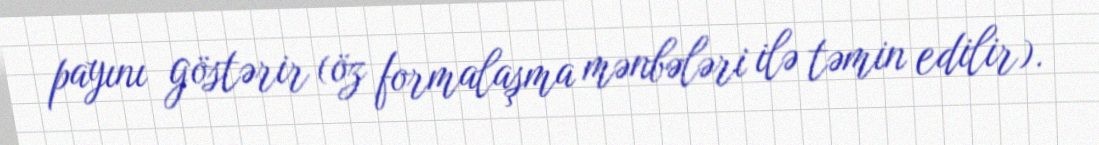
payını göstərir (öz formalaşma mənbələri ilə təmin edilir).